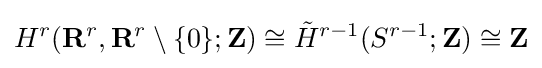
H^{r}(\mathbf {R} ^{r},\mathbf {R} ^{r}\setminus \{0\};\mathbf {Z} )\cong {\tilde {H}}^{r-1}(S^{r-1};\mathbf {Z} )\cong \mathbf {Z}